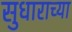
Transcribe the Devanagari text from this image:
सुधाराच्या